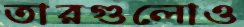
তারগুলোও